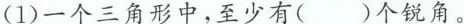
（1）一个三角形中，至少有（）个锐角。